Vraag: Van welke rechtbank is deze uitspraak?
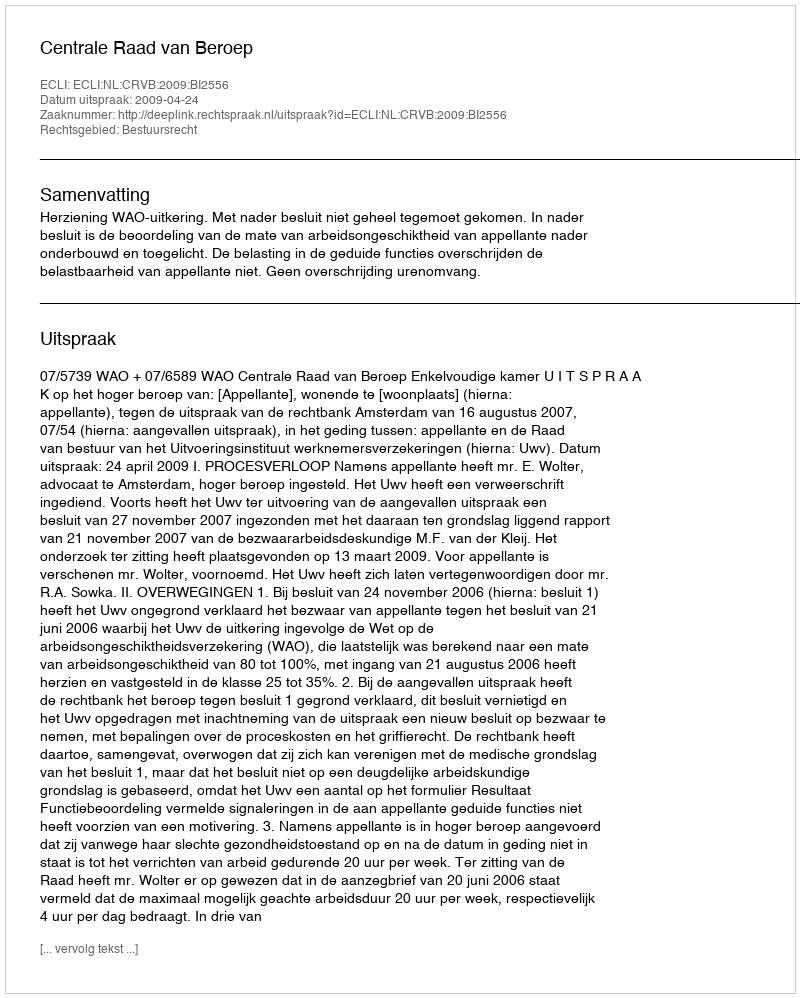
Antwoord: Centrale Raad van Beroep